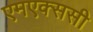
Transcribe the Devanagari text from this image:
एमएक्ससी